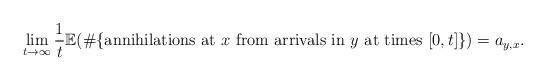
LaTeX: \begin{align*}\lim_{t\to\infty}\frac{1}{t}\mathbb{E}(\#\{\mbox{annihilations at $x$ from arrivals in $y$ at times $[0,t]$}\})=a_{y,x}.\end{align*}